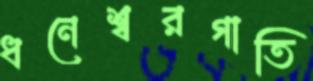
ধনেশ্বরগাতি